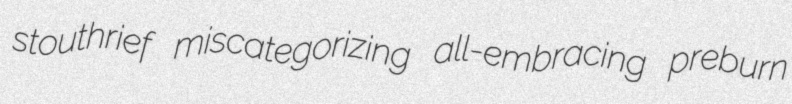
stouthrief miscategorizing all-embracing preburn